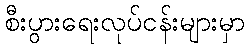
စီးပွားရေးလုပ်ငန်းများမှာ